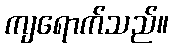
ကျရောက်သည်။